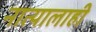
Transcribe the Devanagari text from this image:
नात्यालाही